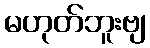
မဟုတ်ဘူးဗျ